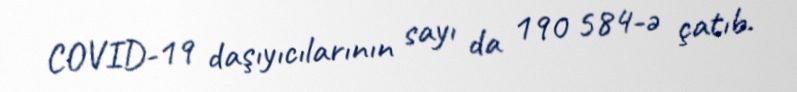
COVID-19 daşıyıcılarının sayı da 190 584-ə çatıb.